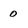
Character: o